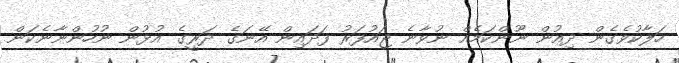
ހަލާކުވެގެން ދިއުން ނޫންކަމެއް ނުވާނެ ޖައުފަރު ފަދައިން އޭނަގެ ދަރީގެ އުޅުން ނުހުންނާނެކަން